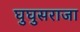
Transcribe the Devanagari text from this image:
घुघुसराजा